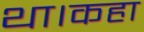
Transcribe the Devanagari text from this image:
था।कहा